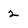
Character: 2